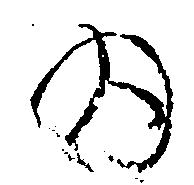
の